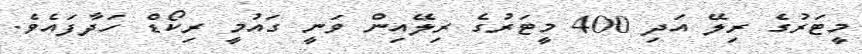
މީޓަރުގެ ރިލޭ އަދި 400 މީޓަރުގެ ރިލޭއިން ވަނީ ގައުމީ ރިކޯޑް ހަދާފައެވެ.